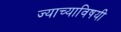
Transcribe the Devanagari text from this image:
ज्याच्याविषयी